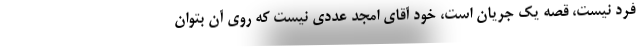
فرد نیست، قصه یک جریان است، خود آقای امجد عددی نیست که روی آن بتوان